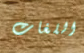
اللغات